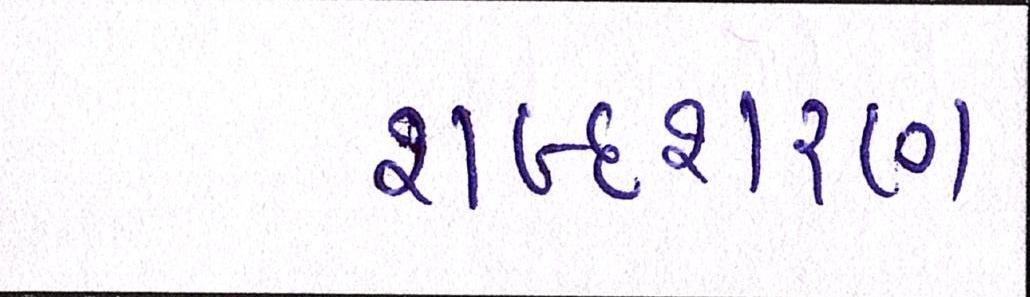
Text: શબ્દશરણ